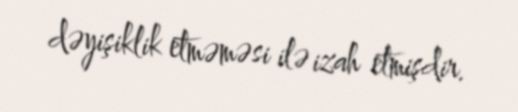
dəyişiklik etməməsi ilə izah etmişdir.